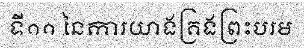
ទី១១ នៃការយាងគ្រងព្រះបរម